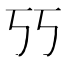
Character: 𰀇